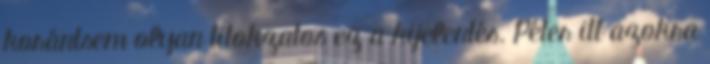
korántsem olyan titokzatos ez a kijelentés. Péter itt azokra